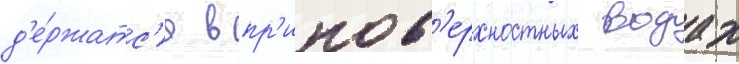
д'е́ржатс'я в пр'ипов'ерхностных водах